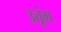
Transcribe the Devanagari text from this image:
उत्तूंग